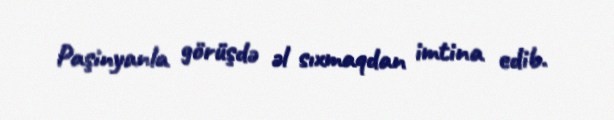
Paşinyanla görüşdə əl sıxmaqdan imtina edib.